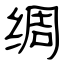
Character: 绸